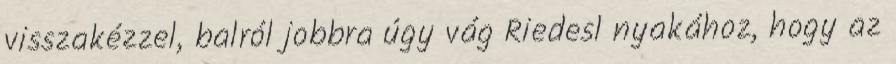
visszakézzel, balról jobbra úgy vág Riedesl nyakához, hogy az